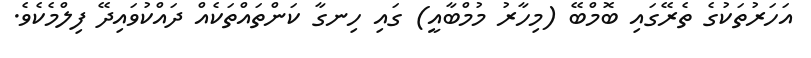
އަަހަރުތަކުގެ ތެރޭގައި ބޮމްބޭ (މިހާރު މުމްބާއީ) ގައި ހިނގާ ކަންތައްތަކެއް ދައްކުވައިދޭ ފިލްމެކެވެ.